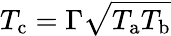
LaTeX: T_{\mathrm{c}}=\Gamma\sqrt{T_{\mathrm{a}}T_{\mathrm{b}}}